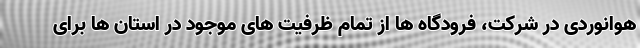
هوانوردی در شرکت، فرودگاه ها از تمام ظرفیت های موجود در استان ها برای